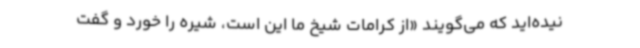
نیده‌اید که می‌گویند «از کرامات شیخ ما این است، شیره را خورد و گفت